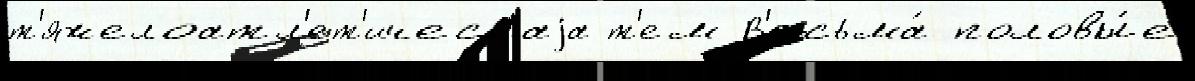
т'яжелоатл'ет'ическаjа т'ем В'есьма́ половы́е